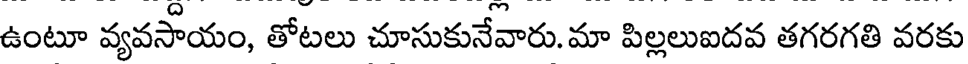
ఉంటూ వ్యవసాయం, తోటలు చూసుకునేవారు. మా పిల్లలుఐదవ తగరగతి వరకు